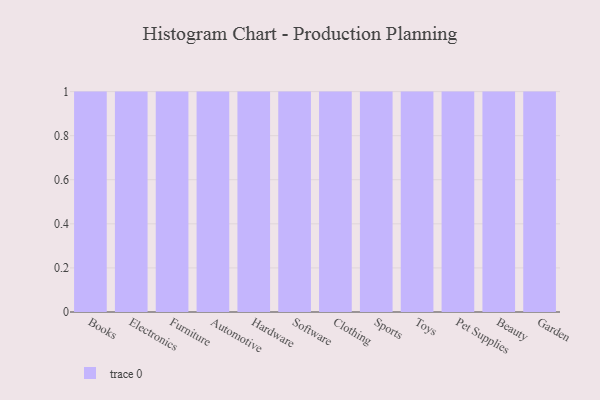
{"axis": {"x": "Category", "y": "Shipments"}, "legend": [""], "data": [{"x": "Books", "y": 5, "type": ""}, {"x": "Electronics", "y": 11, "type": ""}, {"x": "Furniture", "y": 30, "type": ""}, {"x": "Automotive", "y": 98, "type": ""}, {"x": "Hardware", "y": 13, "type": ""}, {"x": "Software", "y": 29, "type": ""}, {"x": "Clothing", "y": 95, "type": ""}, {"x": "Sports", "y": 10, "type": ""}, {"x": "Toys", "y": 64, "type": ""}, {"x": "Pet Supplies", "y": 37, "type": ""}, {"x": "Beauty", "y": 19, "type": ""}, {"x": "Garden", "y": 83, "type": ""}]}